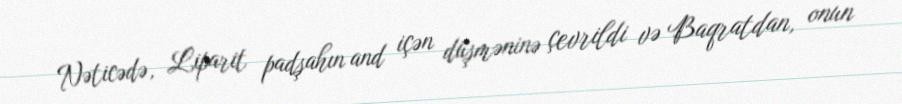
Nəticədə, Liparit padşahın and içən düşməninə çevrildi və Baqratdan, onun